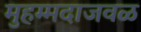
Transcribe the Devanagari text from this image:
मुहम्मदाजवळ